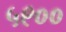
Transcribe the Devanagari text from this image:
५९००